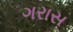
ગરાસ